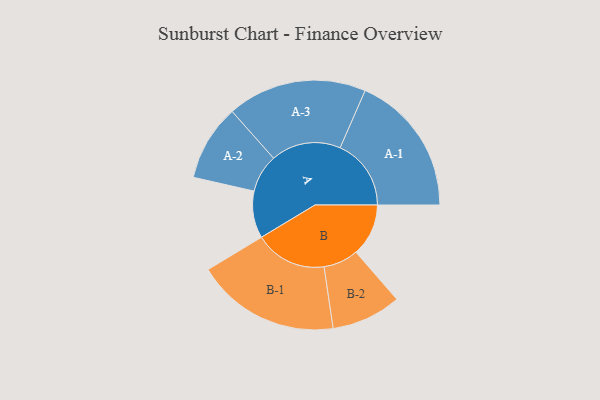
{"axis": {"x": "Segment", "y": "Value"}, "legend": ["", "A", "B"], "data": [{"x": "A", "y": 190, "type": ""}, {"x": "B", "y": 212, "type": ""}, {"x": "A-1", "y": 287, "type": "A"}, {"x": "A-2", "y": 154, "type": "A"}, {"x": "A-3", "y": 282, "type": "A"}, {"x": "B-1", "y": 291, "type": "B"}, {"x": "B-2", "y": 141, "type": "B"}]}